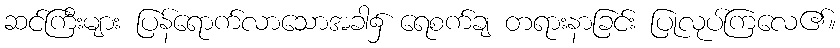
ဆင်ကြီးများ ပြန်ရောက်လာသောအခါ၌ ရေစက်ချ တရားနာခြင်း ပြုလုပ်ကြလေ၏။